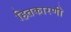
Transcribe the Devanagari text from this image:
हितकारणी